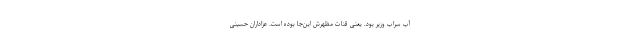
آب سراب وزیر بود. یعنی قنات مظهرش این‌جا بوده است. عزاداران حسینی